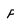
Character: F